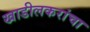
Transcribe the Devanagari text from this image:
खाडीलकरांचा